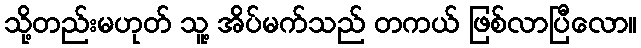
သို့တည်းမဟုတ် သူ့ အိပ်မက်သည် တကယ် ဖြစ်လာပြီလော။